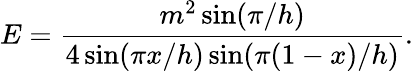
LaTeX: E=\frac{m^{2}\sin(\pi/h)}{4\sin(\pi x/h)\sin(\pi(1-x)/h)}.